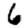
Digit: 6